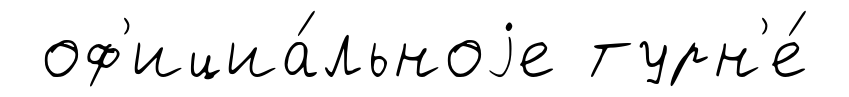
оф'ициа́льноjе турн'е́